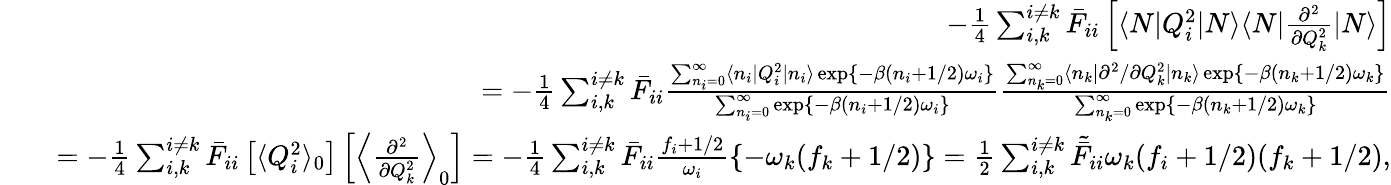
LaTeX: \begin{array}{rlr}&{}&{-\frac{1}{4}\sum_{i,k}^{i\neq k}\bar{F}_{ii}\left[\langle N|Q_{i}^{2}|N\rangle\langle N|\frac{\partial^{2}}{\partial Q_{k}^{2}}|N\rangle\right]}\\ &{}&{=-\frac{1}{4}\sum_{i,k}^{i\neq k}\bar{F}_{ii}\frac{\sum_{n_{i}=0}^{\infty}\langle n_{i}|Q_{i}^{2}|n_{i}\rangle\exp\{ -\beta(n_{i}+1/2)\omega_{i}\} }{\sum_{n_{i}=0}^{\infty}\exp\{ -\beta(n_{i}+1/2)\omega_{i}\} }\frac{\sum_{n_{k}=0}^{\infty}\langle n_{k}|{\partial^{2}}/{\partial Q_{k}^{2}}|n_{k}\rangle\exp\{ -\beta(n_{k}+1/2)\omega_{k}\} }{\sum_{n_{k}=0}^{\infty}\exp\{ -\beta(n_{k}+1/2)\omega_{k}\} }}\\ &{}&{=-\frac{1}{4}\sum_{i,k}^{i\neq k}\bar{F}_{ii}\left[\langle Q_{i}^{2}\rangle_{0}\right]\left[\left\langle\frac{\partial^{2}}{\partial Q_{k}^{2}}\right\rangle_{0}\right]=-\frac{1}{4}\sum_{i,k}^{i\neq k}\bar{F}_{ii}\frac{f_{i}+1/2}{\omega_{i}}\left\{ -{\omega_{k}(f_{k}+1/2)}\right\} =\frac{1}{2}\sum_{i,k}^{i\neq k}\tilde{\bar{F}}_{ii}\omega_{k}(f_{i}+1/2)(f_{k}+1/2),}\end{array}